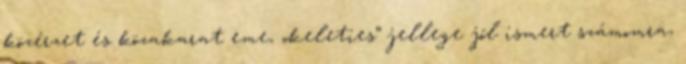
közérzet és közakarat eme, „keleties” jellege jól ismert számomra,